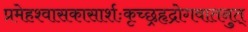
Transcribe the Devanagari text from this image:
प्रमेहश्वासकासार्शःकृच्छ्रहृद्रोगवातनुत्